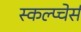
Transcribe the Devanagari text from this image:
स्कल्प्चेर्स